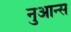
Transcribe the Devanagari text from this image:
नुआन्स